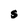
Character: S